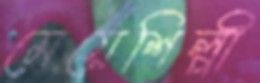
মেয়েশিল্পী